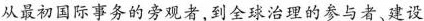
从最初国际事务的旁观者，到全球治理的参与者、建设